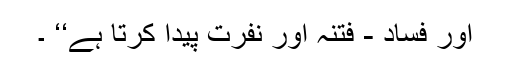
اور فساد - فتنہ اور نفرت پیدا کرتا ہے‘‘ ۔